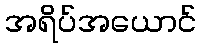
အရိပ်အယောင်